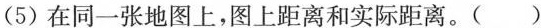
(5)在同一张地图上，图上距离和实际距离。( )